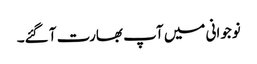
نوجوانی میں آپ بھارت آ گئے۔